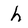
Character: h